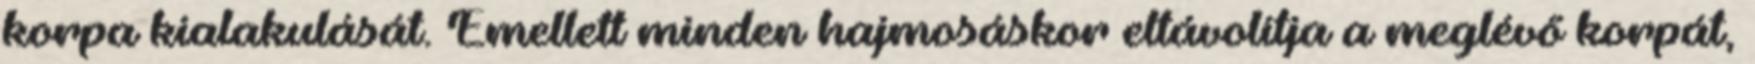
korpa kialakulását. Emellett minden hajmosáskor eltávolítja a meglévő korpát,